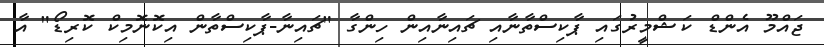
ޖައްމޫ އެންޑް ކަޝްމީރުގައި ޕާކިސްތާނާއި ޗައިނާއިން ހިންގާ "ޗައިނާ-ޕާކިސްތާން އިކޮނޮމިކް ކޮރިޑޯ" އާ